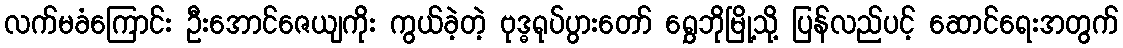
လက်မခံကြောင်း ဦးအောင်ဇေယျကိုး ကွယ်ခဲ့တဲ့ ဗုဒ္ဓရုပ်ပွားတော် ရွှေဘိုမြို့သို့ ပြန်လည်ပင့် ဆောင်ရေးအတွက်